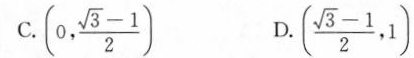
C. (0,$$\frac { \sqrt { 3 } - 1 } { 2 }$$) D.($$\frac { \sqrt { 3 } - 1 } { 2 }$$,1)